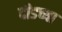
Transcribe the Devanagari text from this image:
दीडच्या